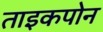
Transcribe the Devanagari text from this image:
ताइकपोन